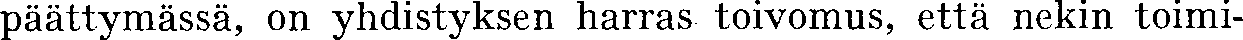
päättymässä, on yhdistyksen harras toivomus, että nekin toimi-